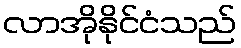
လာအိုနိုင်ငံသည်